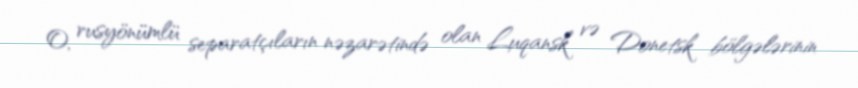
O, rusyönümlü separatçıların nəzarətində olan Luqansk və Donetsk bölgələrinin